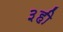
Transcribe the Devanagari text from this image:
३ही